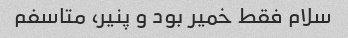
سلام فقط خمیر بود و پنیر، متاسفم